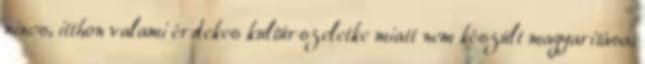
nincs, itthon valami érdekes kultúrszeletke miatt nem készült magyarítása,